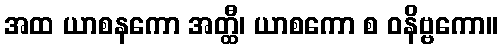
အထ ယာစနကော အတ္ထီ၊ ယာစကော စ ဝနိဗ္ဗကော။